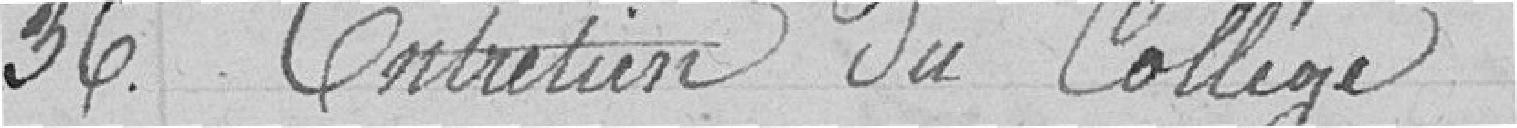
36. Entretien du collège